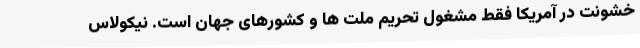
خشونت در آمریکا فقط مشغول تحریم ملت ها و کشورهای جهان است. نیکولاس